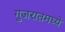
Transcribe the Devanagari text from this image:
गुजरातमघ्ये